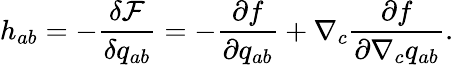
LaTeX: h_{ab}=-\frac{\delta\mathcal{F}}{\delta{q}_{ab}}=-\frac{\partial f}{\partial{q}_{ab}}+\nabla_{c}\frac{\partial f}{\partial\nabla_{c}{q}_{ab}}.